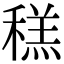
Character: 䅵